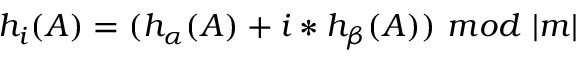
h _ { i } ( A ) = ( h _ { \alpha } ( A ) + i * h _ { \beta } ( A ) ) \ m o d \ | m |